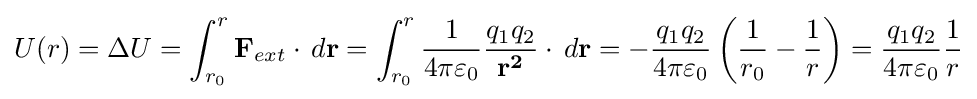
U(r)=\Delta U=\int _{r_{0}}^{r}\mathbf {F} _{ext}\cdot \,d\mathbf {r} =\int _{r_{0}}^{r}{\frac {1}{4\pi \varepsilon _{0}}}{\frac {q_{1}q_{2}}{\mathbf {r^{2}} }}\cdot \,d\mathbf {r} =-{\frac {q_{1}q_{2}}{4\pi \varepsilon _{0}}}\left({\frac {1}{r_{0}}}-{\frac {1}{r}}\right)={\frac {q_{1}q_{2}}{4\pi \varepsilon _{0}}}{\frac {1}{r}}